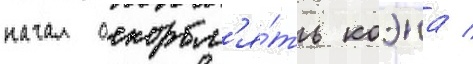
начал оскорбл'я́ть коэна /